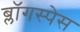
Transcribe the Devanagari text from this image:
ब्लॉगस्पेस